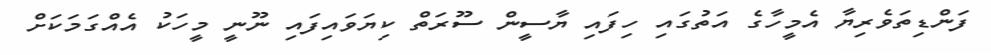
ފަންޑިތަވެރިޔާ އެމީހާގެ އަތުގައި ހިފައި ޔާސީން ސޫރަތް ކިޔަވައިފައި ނޫނީ މީހަކު އެއްގަމަކަށް